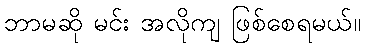
ဘာမဆို မင်း အလိုကျ ဖြစ်စေရမယ်။